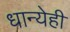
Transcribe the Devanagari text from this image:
धान्येही